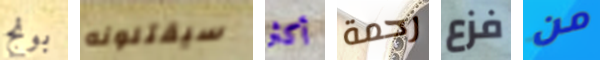
بونج سيقتلونه أكثر رحمة فزع من